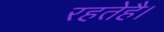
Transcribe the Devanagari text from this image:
रहतेहै।